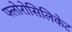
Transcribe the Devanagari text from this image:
फ्लोरोसिलिकेट